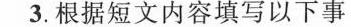
3.根据短文内容填写以下事